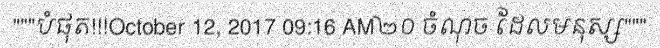
"""បំផុត!!!October 12, 2017 09:16 AM២០ ចំណុច ដែលមនុស្ស"""